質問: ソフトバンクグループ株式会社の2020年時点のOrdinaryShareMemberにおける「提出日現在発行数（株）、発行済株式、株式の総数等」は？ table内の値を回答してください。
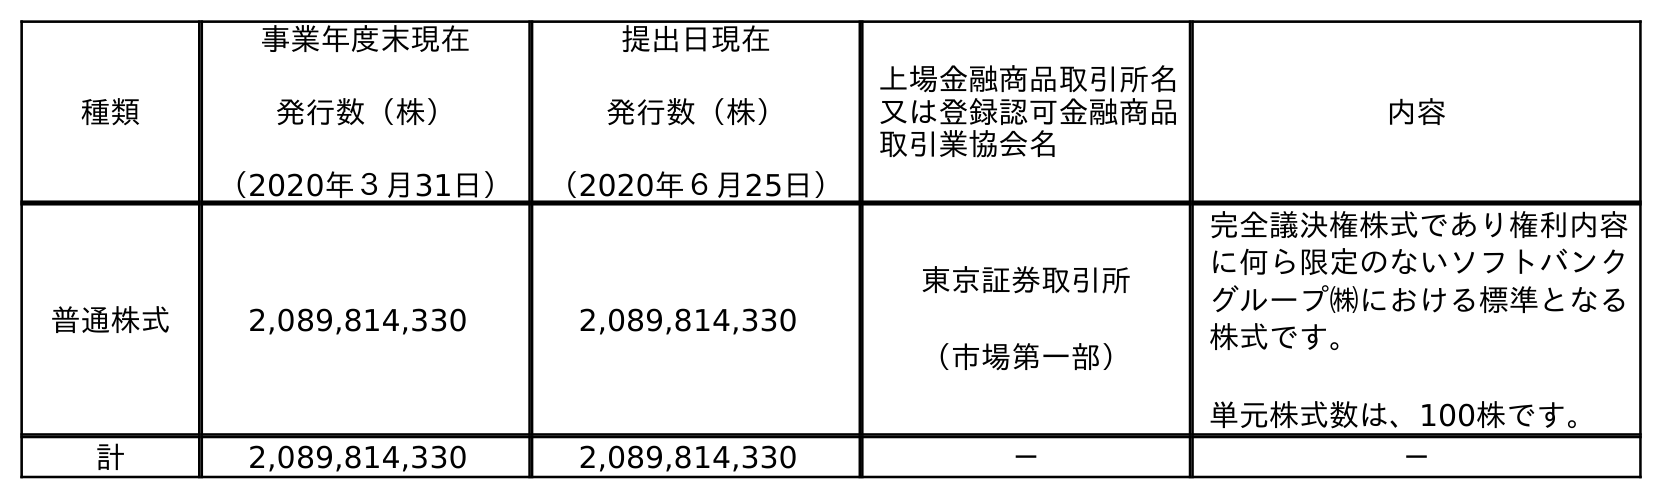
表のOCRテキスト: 種類 事業年度末現在 発行数（株） （2020年３月31日） 提出日現在 発行数（株） （2020年６月25日） 上場金融商品取引所名 又は登録認可金融商品 取引業協会名 内容 普通株式 2,089,814,330 2,089,814,330 東京証券取引所 （市場第一部） 完全議決権株式であり権利内容 に何ら限定のないソフトバンク グループ㈱における標準となる 株式です。 単元株式数は、100株です。 計 2,089,814,330 2,089,814,330 － －
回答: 2,089,814,330